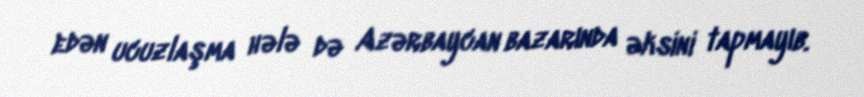
edən ucuzlaşma hələ də Azərbaycan bazarında əksini tapmayıb.